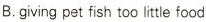
B.giving pet fish too little food